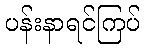
ပန်းနာရင်ကြပ်